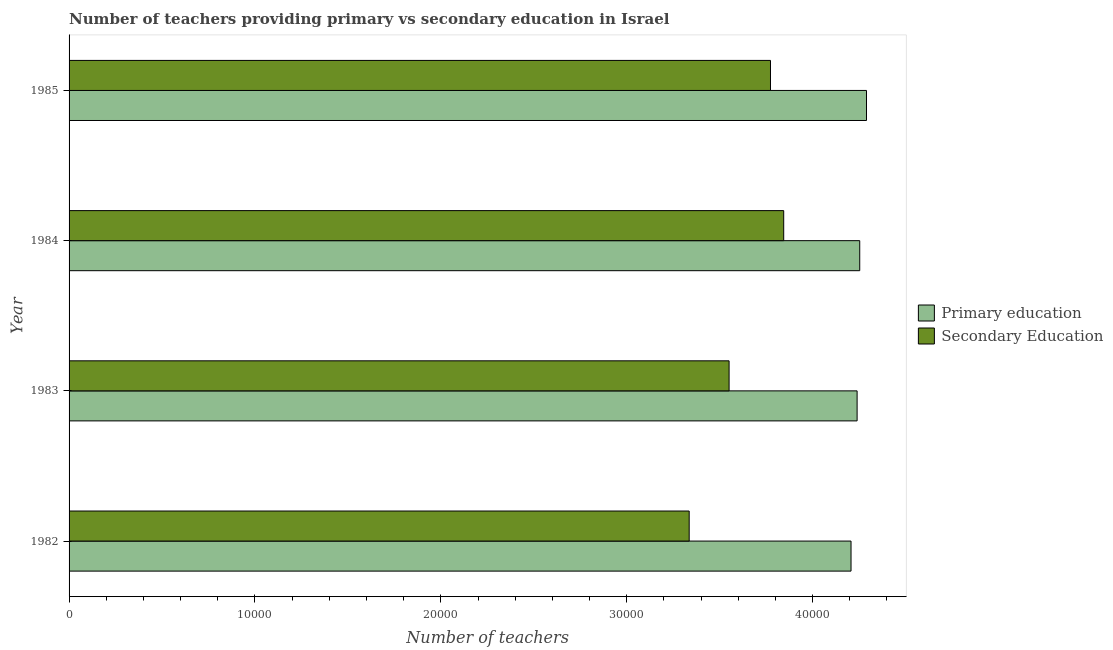
| Year | Primary education | Secondary Education |
 | --- | --- | --- |
 | 1982 | 4.21e+04 | 3.34e+04 |
 | 1983 | 4.24e+04 | 3.55e+04 |
 | 1984 | 4.25e+04 | 3.84e+04 |
 | 1985 | 4.29e+04 | 3.77e+04 |